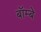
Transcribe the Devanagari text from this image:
बॉम्‍बे